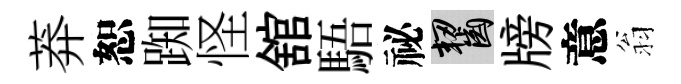
莽恕踟怪舘䮏祕齧牓意翁